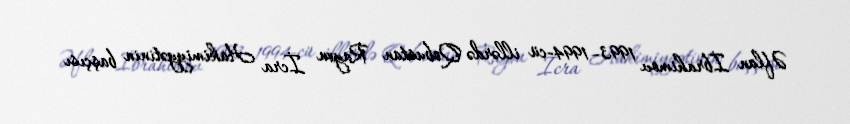
Əflan İbrahimov 1993–1994-cü illərdə Qobustan Rayon İcra Hakimiyyətinin başçısı